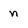
Character: n